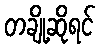
တချို့ဆိုရင်